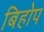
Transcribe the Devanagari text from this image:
बिहोप